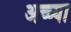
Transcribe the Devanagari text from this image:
अच्च्या